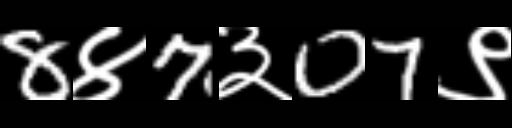
Text: 8४7३07९